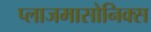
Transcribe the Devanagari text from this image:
प्लाजमासोनिक्स